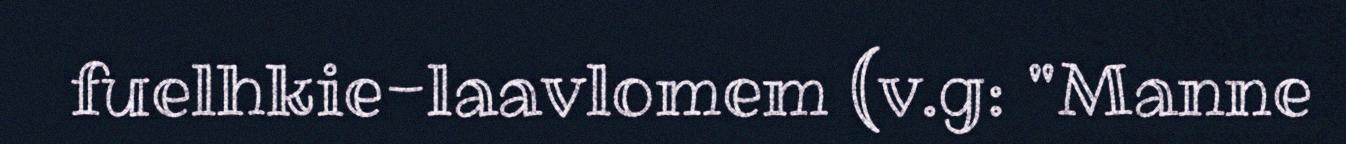
fuelhkie-laavlomem (v.g: "Manne